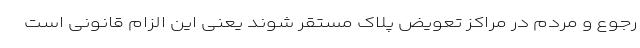
رجوع و مردم در مراکز تعویض پلاک مستقر شوند یعنی این الزام قانونی است